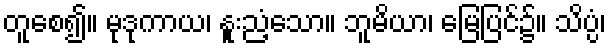
တူစေ၍။ မုဒုကာယ၊ နူးညံ့သော။ ဘူမိယာ၊ မြေပြင်၌။ သိပ္ပံ၊